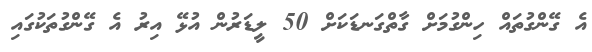
އެ ގޭންގުތައް ހިންގުމަށް ގާތްގަނޑަކަށް 50 ލީޑަރުން އުޅޭ އިރު އެ ގޭންގުތަކުގައި